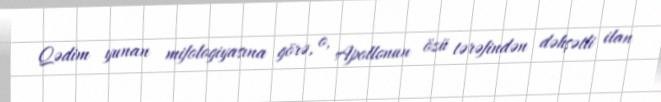
Qədim yunan mifologiyasına görə, o, Apollonun özü tərəfindən dəhşətli ilan